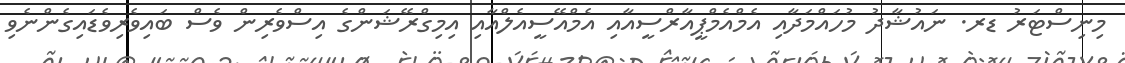
މިނިސްޓަރު ޑރ. ނައުޝާދު މުހައްމަދާއި އެމްއެމްޕީއާރްސީއާއި އެމްއޭސީއެލްއާއި އިމިގްރޭޝަންގެ އިސްވެރިން ވެސް ބައިވެރިވެޑައިގެންނެވި